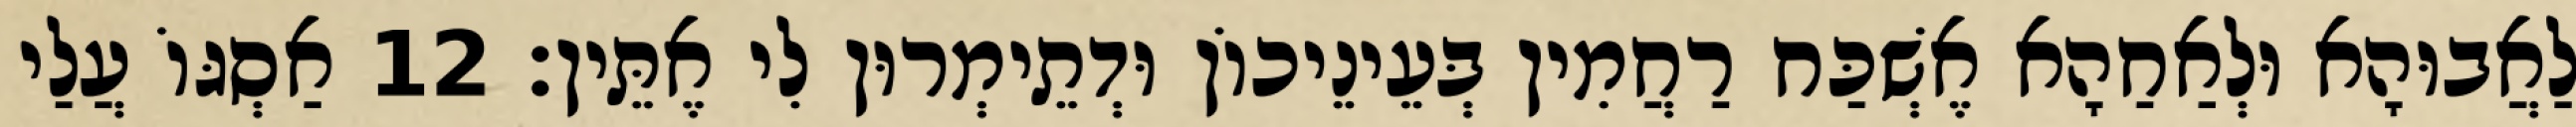
לַאֲבוּהָא וּלְאַחַהָא אֶשְׁכַּח רַחֲמִין בְּעֵינֵיכוֹן וּדְתֵימְרוּן לִי אֶתֵּין׃ 12 אַסְגּוֹ עֲלַי